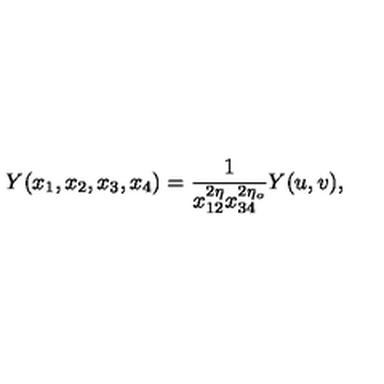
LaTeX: Y ( x _ { 1 } , x _ { 2 } , x _ { 3 } , x _ { 4 } ) = \frac { 1 } { x _ { 1 2 } ^ { 2 \eta } x _ { 3 4 } ^ { 2 \eta _ { o } } } Y ( u , v ) ,